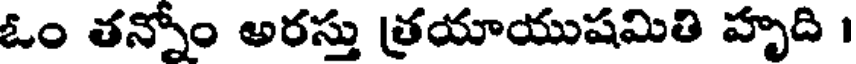
ఓం తన్నోం అరస్తు త్రయాయుషమితి హృది ।